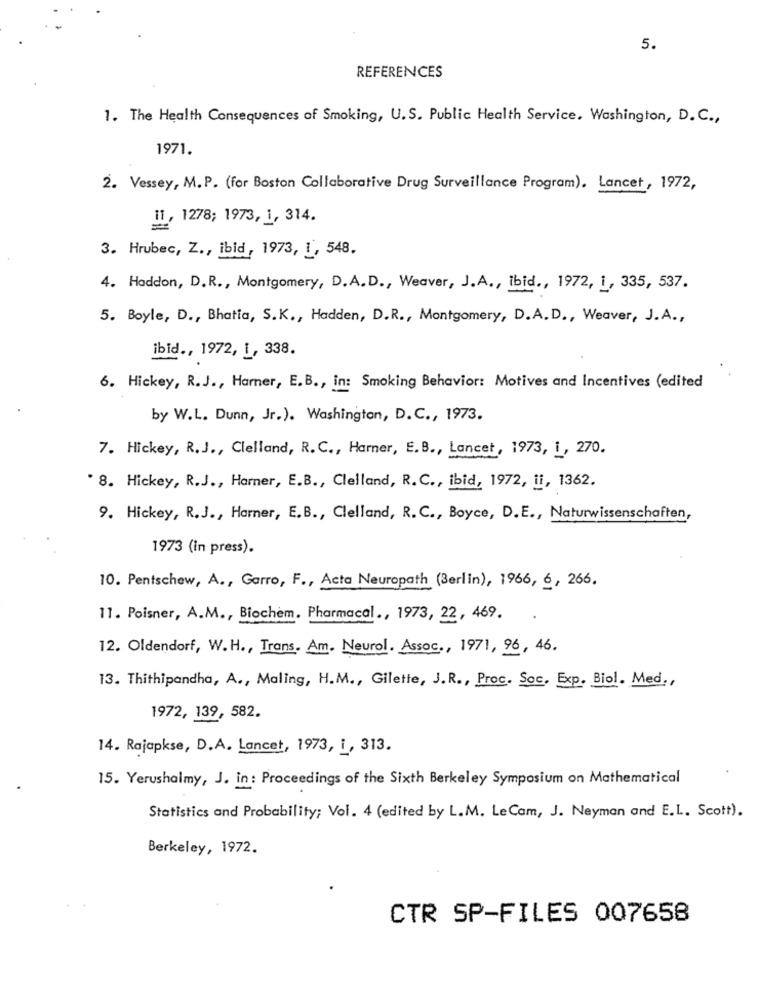
5.
REFERENCES
1. The Health Consequences of Smoking, U.S. Public Health Service, Washington, D. C .,
1971.
2. Vessey, M.P. (for Boston Collaborative Drug Surveillance Program). Lancet , 1972,
11, 1278; 1973, 1, 314.
3. Hrubec, Z ., ibid, 1973, 1, 548.
4. Haddon, D.R ., Montgomery, D.A.D ., Weaver, J.A ., Ibid ., 1972, L, 335,537.
5. Boyle, D ., Bhatia, S.K ., Hadden, D.R ., Montgomery, D.A.D ., Weaver, J.A .,
ibid ., 1972, 1, 338.
6. Hickey, R.J ., Harner, E.B ., in: Smoking Behavior: Motives and Incentives (edited
by W.L. Dunn, Jr.). Washington, D. C ., 1973.
7. Hickey, R.J ., Clelland, R. C ., Harner, E. B ., Lancet, 1973, i, 270.
. 8. Hickey, R.J ., Harner, E.B ., Clelland, R. C ., ibid, 1972, ii, 1362.
9. Hickey, R.J ., Harner, E.B ., Clelland, R.C ., Boyce, D.E ., Naturwissenschaften,
1973 (in press).
10. Pentschew, A ., Garro, F ., Acta Neuropath (Berlin), 1966, 6, 266.
11. Poisner, A.M ., Biochem. Pharmacal ., 1973, 22, 469.
12. Oldendorf, W. H ., Trans. Am. Neurol. Assoc ., 1971, 96, 46.
13. Thithipandha, A ., Maling, H.M ., Gilette, J. R ., Proc. Soc. Exp. Biol. Med .,
1972, 139, 582.
14. Rajapkse, D.A. Lancet, 1973, i, 313.
15. Yerushalmy, J. in: Proceedings of the Sixth Berkeley Symposium on Mathematical
Statistics and Probability; Vol. 4 (edited by L.M. LeCam, J. Neyman and E.L. Scott).
Berkeley, 1972.
CTR SP-FILES 007658